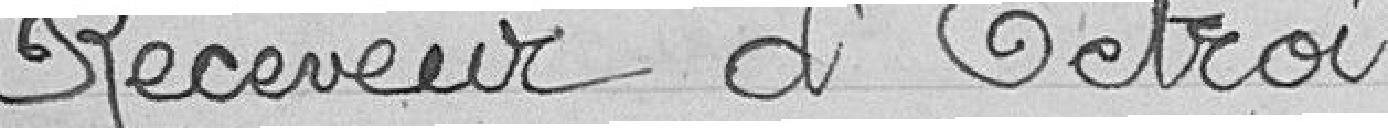
Receveur d'Octroi